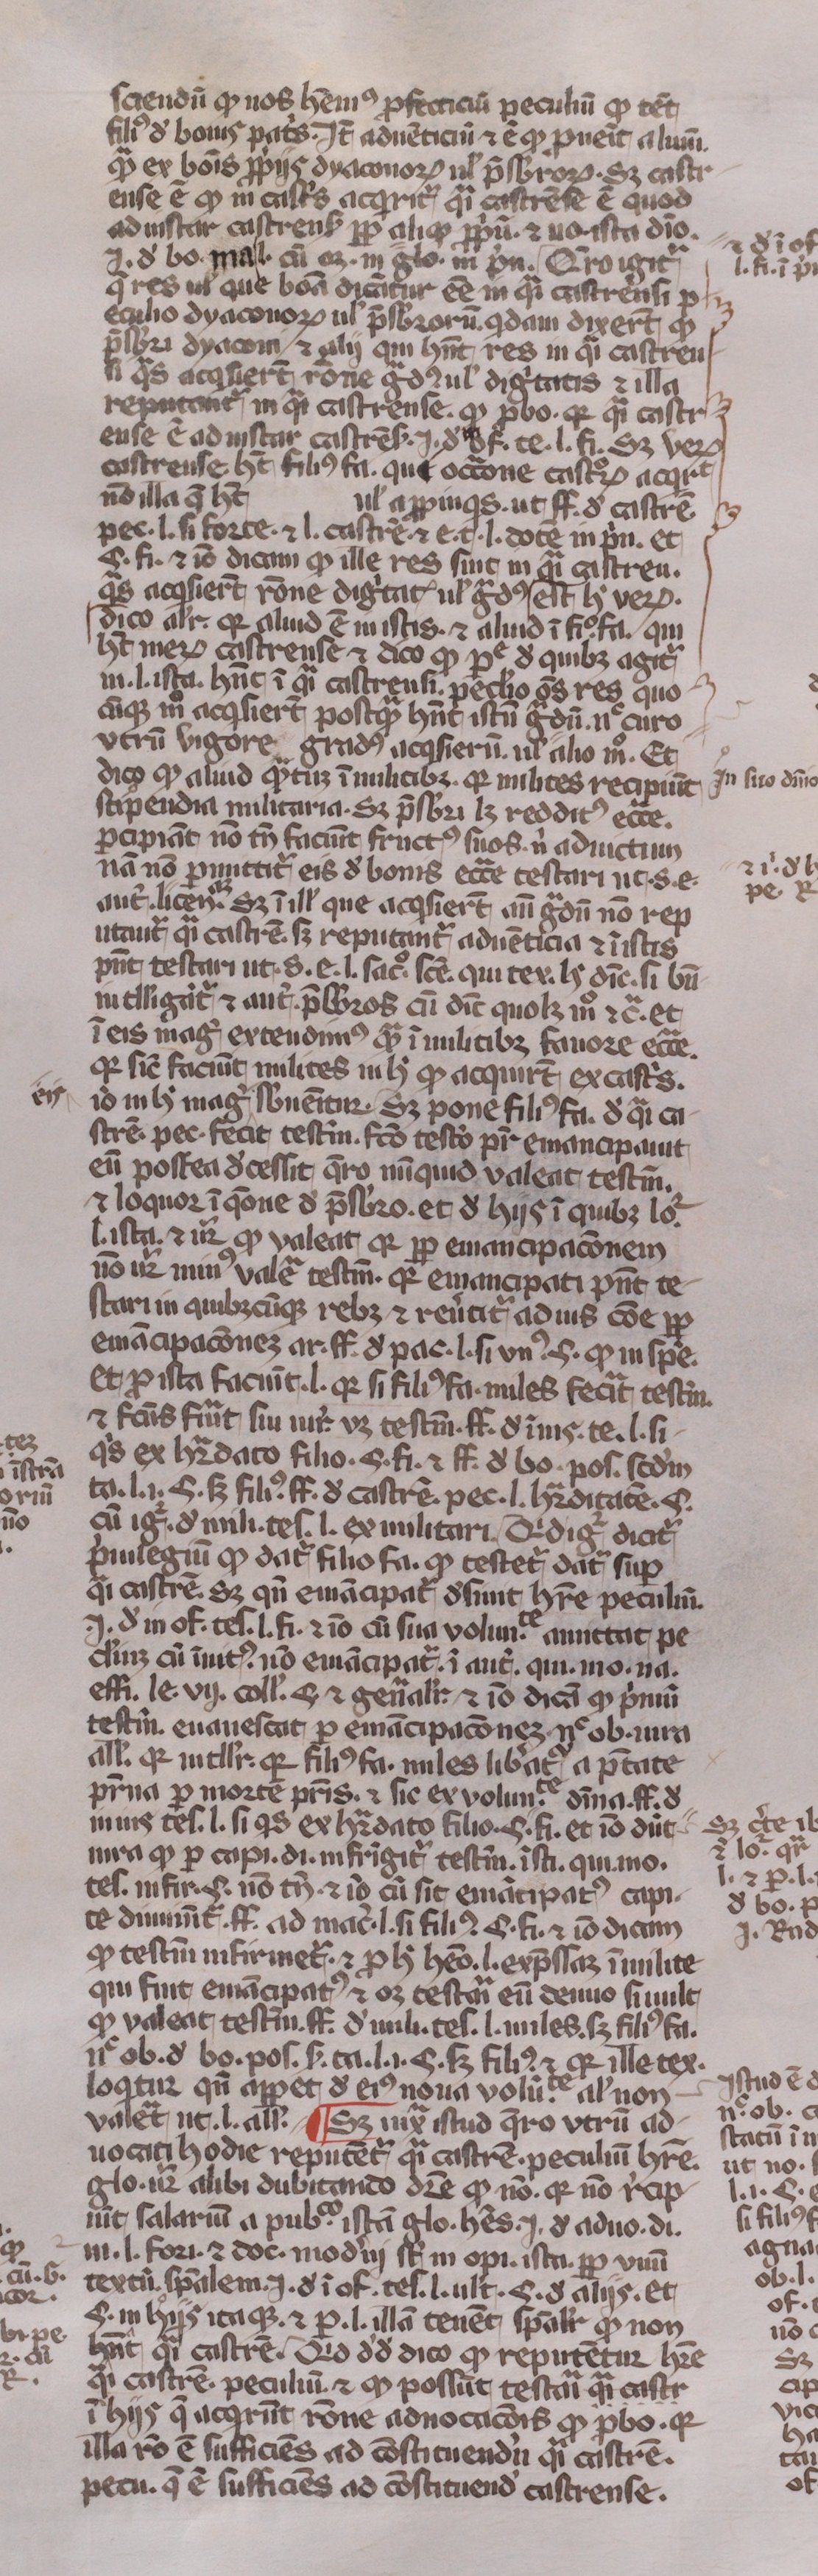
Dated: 1350–1399